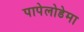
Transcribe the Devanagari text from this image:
पापेलोडेमा